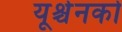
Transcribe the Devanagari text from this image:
यूश्चेनको